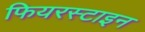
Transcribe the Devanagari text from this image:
फियरस्टाइन